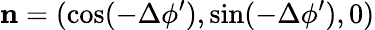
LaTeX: {\mathbf n}=(\cos(-\Delta\phi^{\prime}),\sin(-\Delta\phi^{\prime}),0)